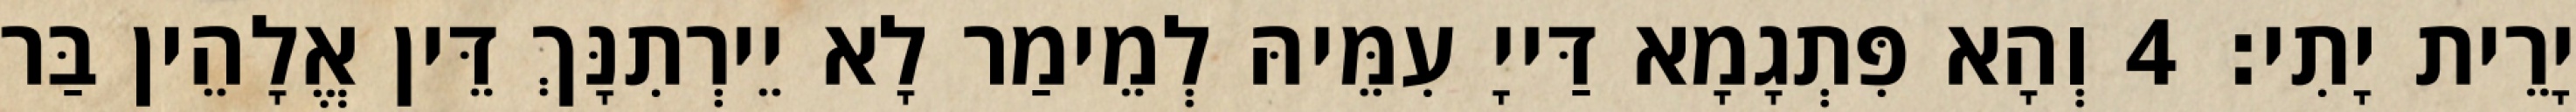
יָרֵית יָתִי׃ 4 וְהָא פִּתְגָמָא דַּייָ עִמֵּיהּ לְמֵימַר לָא יֵירְתִנָּךְ דֵּין אֱלָהֵין בַּר